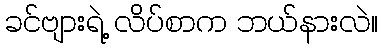
ခင်ဗျားရဲ့ လိပ်စာက ဘယ်နားလဲ။